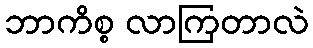
ဘာကိစ္စ လာကြတာလဲ